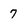
Character: 7